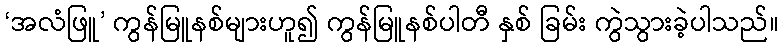
‘အလံဖြူ’ ကွန်မြူနစ်များဟူ၍ ကွန်မြူနစ်ပါတီ နှစ် ခြမ်း ကွဲသွားခဲ့ပါသည်။